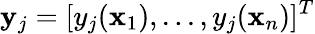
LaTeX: \mathbf y_{j}=[y_{j}(\mathbf x_{1}),...,y_{j}(\mathbf x_{n})]^{T}